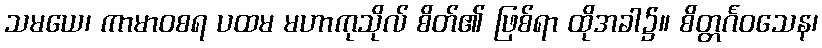
သမယေ၊ ကာမာဝစရ ပထမ မဟာကုသိုလ် စိတ်၏ ဖြစ်ရာ ထိုအခါ၌။ စိတ္တင်္ဂဝသေန၊